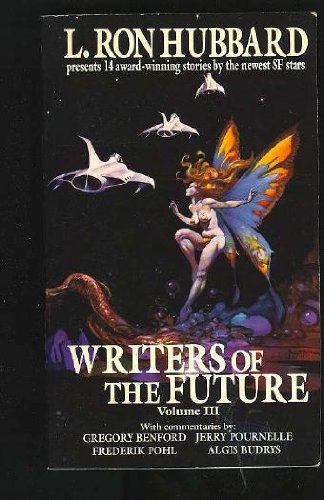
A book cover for L. Ron Hubbard Presents Writers of the Future, Vol 3; Religion & Spirituality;